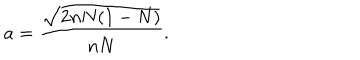
a = \frac { \sqrt { 2 n N ( 1 - N ) } } { n N } .